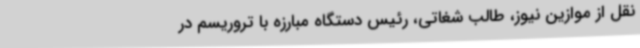
نقل از موازین نیوز، طالب شغاتی، رئیس دستگاه مبارزه با تروریسم در